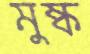
মুষ্ক